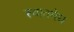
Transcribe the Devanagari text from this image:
स्वातमेघ